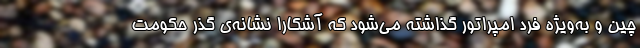
چین و به‌ویژه فرد امپراتور گذاشته می‌شود که آشکارا نشانه‌ی گذرِ حکومتِ